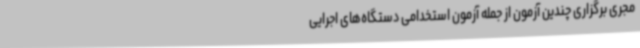
مجری برگزاری چندین آزمون از جمله آزمون استخدامی دستگاه‌های اجرایی